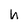
Character: h